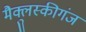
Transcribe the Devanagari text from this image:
मैक्लुस्कीगंज